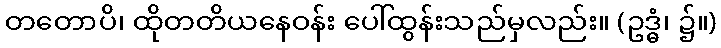
တတောပိ၊ ထိုတတိယနေဝန်း ပေါ်ထွန်းသည်မှလည်း။ (ဥဒ္ဓံ၊ ၌။)